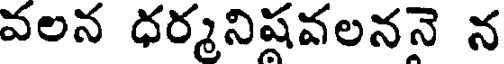
వలన ధర్మనిషవలననె న